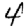
Digit: 4